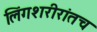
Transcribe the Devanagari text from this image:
लिंगशरीरांतच